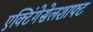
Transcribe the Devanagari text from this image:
एक्टिंगेसेलशाफ्ट